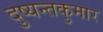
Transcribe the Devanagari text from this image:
दुष्यन्तकुमार